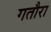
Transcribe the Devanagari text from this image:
गतौरा